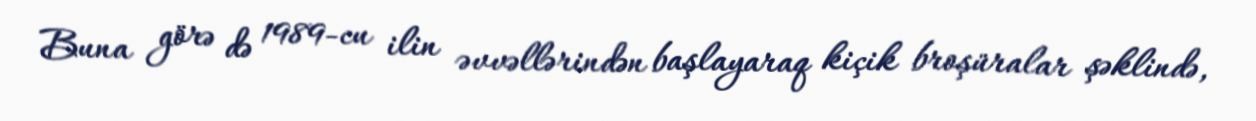
Buna görə də 1989-cu ilin əvvəllərindən başlayaraq kiçik broşüralar şəklində,